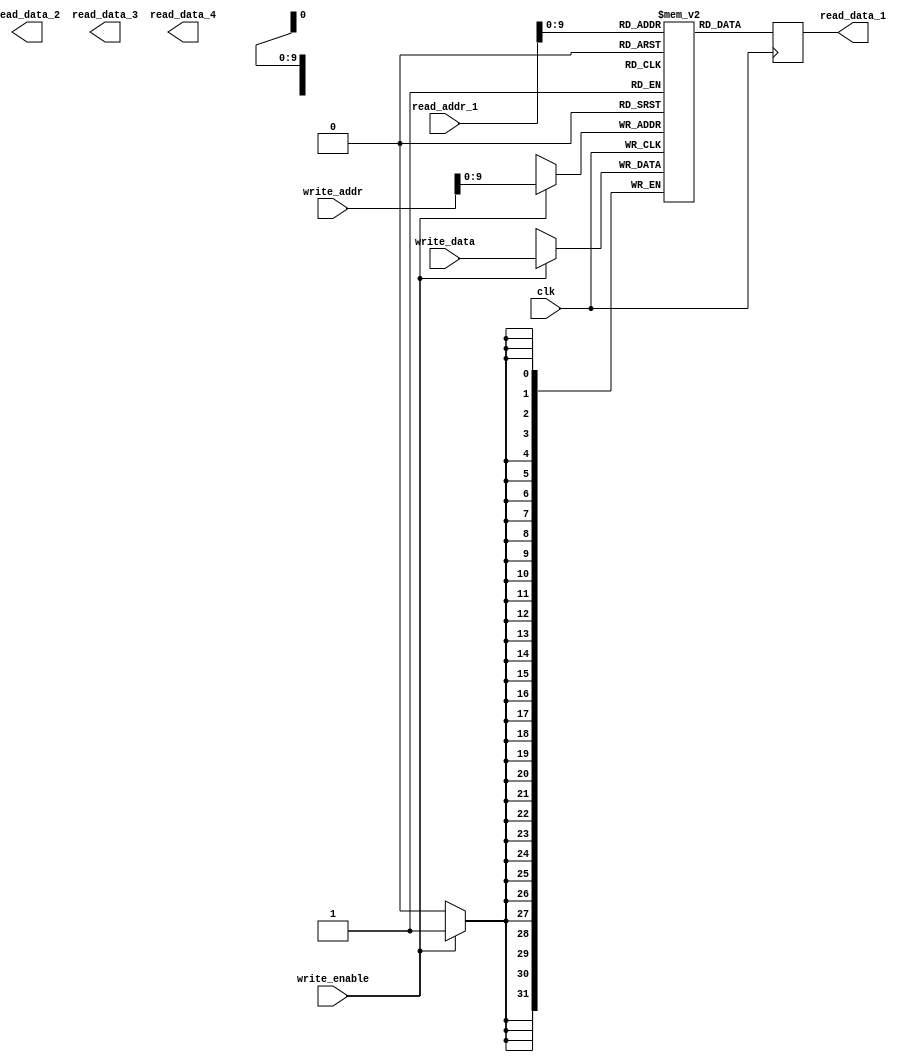
module register_file (
    input wire clk,
    input wire[31:0] read_addr_1,
    input wire[31:0] write_addr,
    input wire write_enable,
    input wire[31:0] write_data,
    output reg[31:0] read_data_1,
    output reg[31:0] read_data_2,
    output reg[31:0] read_data_3,
    output reg[31:0] read_data_4
);

reg [31:0] registers [0:1023];

always @(posedge clk) begin
    if (write_enable) begin
        registers[write_addr] <= write_data;
    end
    read_data_1 <= registers[read_addr_1];
    // Define read_addr_2, read_addr_3 and read_addr_4 for additional read ports
    // read_data_2 <= registers[read_addr_2];
    // read_data_3 <= registers[read_addr_3];
    // read_data_4 <= registers[read_addr_4];
end

endmodule